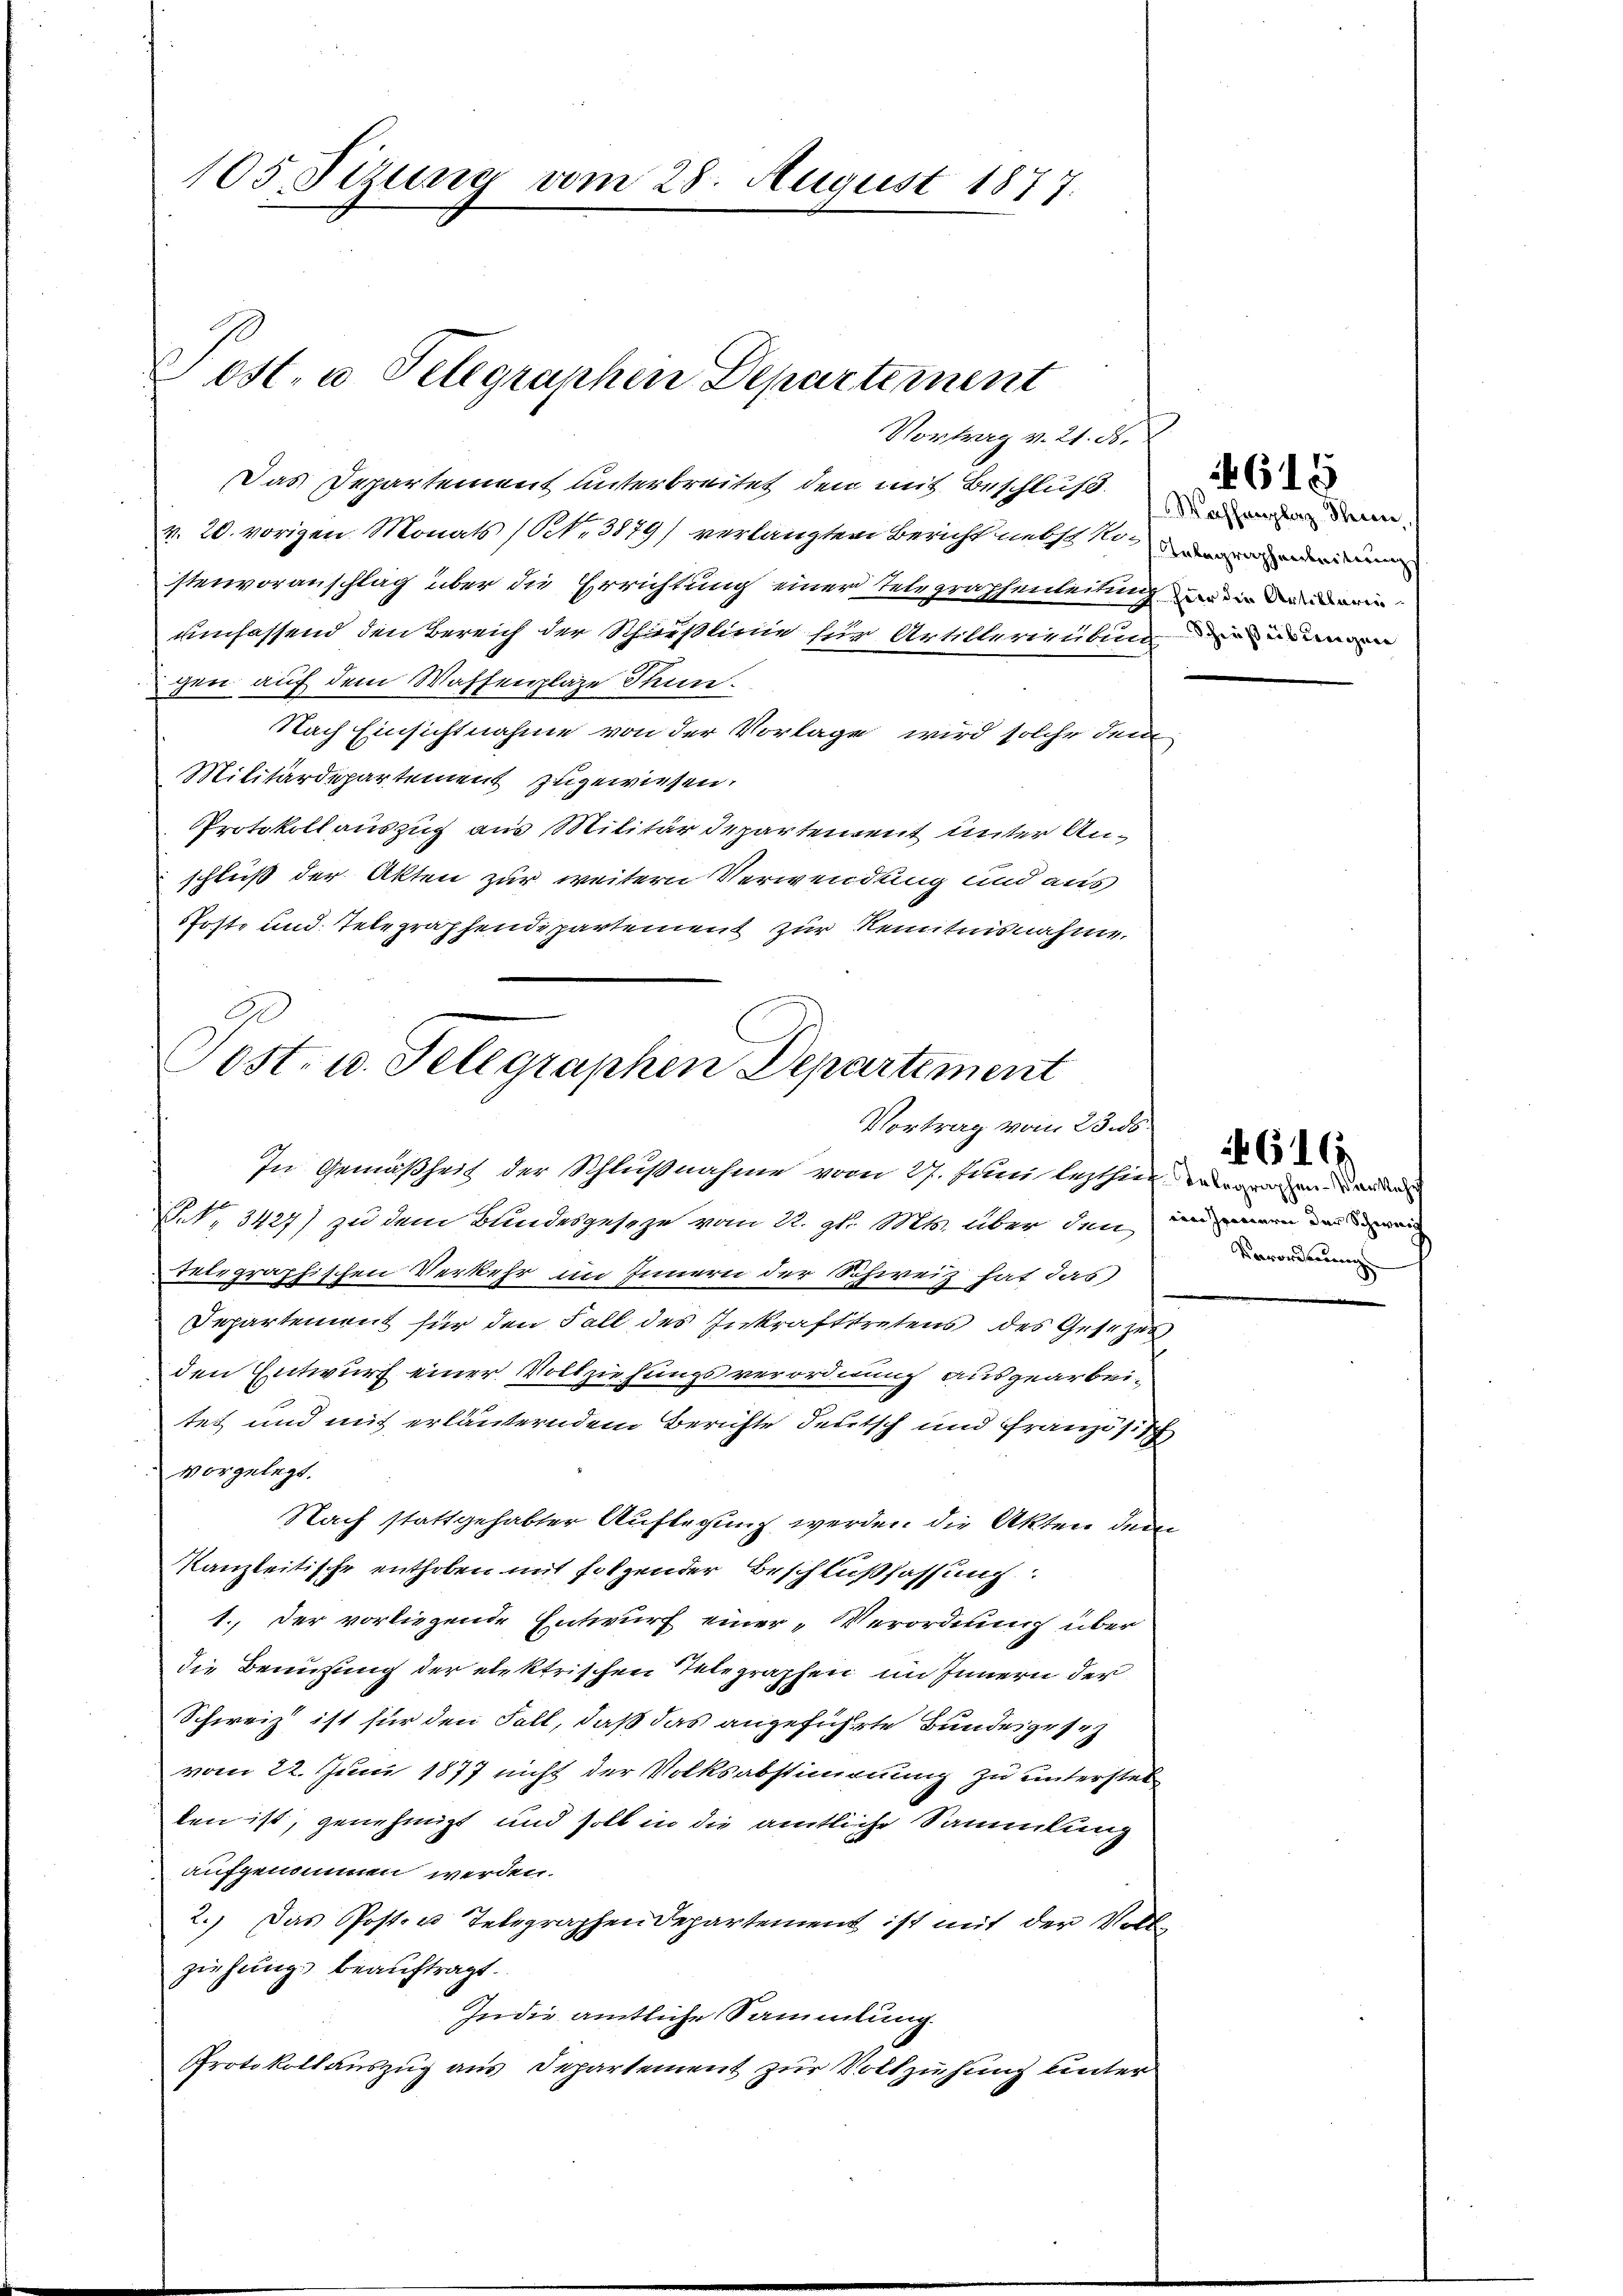
105. Tizung vom 28. August 1877.

ost. a Telegraphen Departement
Vortrag v. 21. d.

Das Departement unterbreitet den mit Beschluß
v. 20. vorigen Monats (Nr. 3879/ verlangten Bericht nebst Rosen
stenvoranschlag über die Errichtung einer Telegraphenleitung und die dann
umfassend den Bereich der Schäußlinie für Artillerienten eine
gen auf dem Waffenplaze Thun.
Nach Einsichtnahme von der Vorlage wird solche dem
Militärdepartement zugewiesen.
Protokollauszug aus Militärdepartement unter Anschluß der Akten zur weitern Verwendung und aus
Poste und Telegraphendepartement zur Kenntnisnahme.

Post- u. Telegraphen Departement
Vortrag vom 23. ds.

In Gemäßheit der Schlußnahme vom 27. Juni lezthin ein eine
NNo. 3427) zu dem Bundesgeseze vom 22. gl. Mts. über den und ein de
Telegraphischen Verkehr im Innern der Schweiz hat das
Departement für den Fall des Inkrafttretens des Gesezes
den Entwurf einer Vollziehungsverordnung ausgearbeitet und mit erläuterndem Berichte deutsch und Französisch
vorgelegt.
Nach stattgehabter Auflegung werden die Akten dem
Kanzleitische enthoben mit folgender Beschlußfassung:
1. Der vorliegende Entwurf einer „Verordnung über
die Benutzung der elektrischen Telegraphen im Innern der
Schweiz ist für den Fall, daß das angeführte Bundeigeseh
vom 22. Juni 1877 nicht der Volksabstimmung zu unterstel
ten ist, genehmigt und soll in die amtliche Sammlung
aufgenommen werden.
2.) Das Posten Telegraphen Departement ist mit der Vollziehung beauftragt.
In die amtliche Sammlung
Protokoll auszug aus Departement zur Vollziehung unter

Waffenplaz. Steien,

615

Verordnung

616